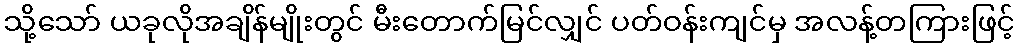
သို့သော် ယခုလိုအချိန်မျိုးတွင် မီးတောက်မြင်လျှင် ပတ်ဝန်းကျင်မှ အလန့်တကြားဖြင့်